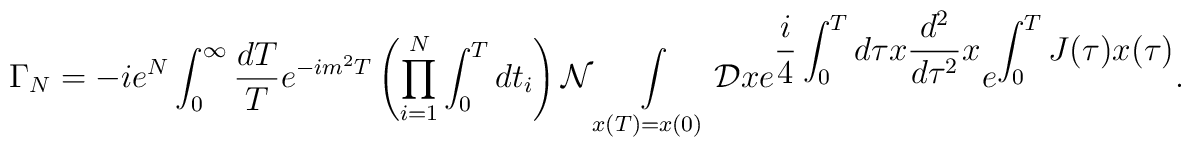
\Gamma _{N}=-ie^{N}\int ^{\infty }_{0}\frac{dT}{T}e^{-im^{2}T}\left(  \prod ^{N}_{i=1}\int ^{T}_{0}dt_{i}\right) {\cal N}\int\limits_{x(T)=x(0)}{\cal D}x\: e^{\displaystyle\frac{i}{4}\int ^{T}_{0}d\tau  x\frac{d^{2}}{d\tau ^{2}}x}e^{\displaystyle\int ^{T}_{0}J(\tau  )x(\tau )} .